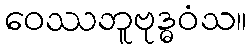
ဝေဿဘူဗုဒ္ဓဝံသ။